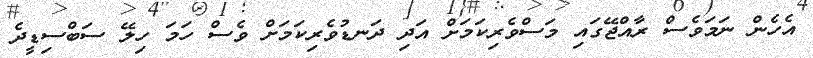
އެހެން ނަމަވެސް ރާއްޖޭގައި މަސްވެރިކަމަށް އަދި ދަނޑުވެރިކަމަށް ވެސް ހަމަ ހިލޭ ސަބްސިޑީދެ